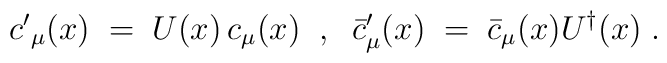
{c'}_{\mu}(x) \;=\; U(x) \, c_{\mu} (x) \;\;,\;\; {{\bar c}'}_{\mu} (x) \;=\;{\bar c}_{\mu} (x)U^{\dagger} (x) \;.